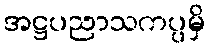
အဋ္ဌပညာသကပ္ပမှိ